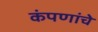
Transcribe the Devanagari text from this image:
कंपणांचे